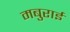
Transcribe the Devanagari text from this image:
मबुराई